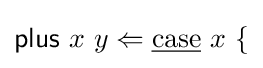
{\mathsf {plus}}\ x\ y\Leftarrow {\underline {\mathrm {case} }}\ x\ \{